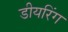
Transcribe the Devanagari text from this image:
डीयरिंग